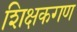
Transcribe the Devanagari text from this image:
शिक्षकगण